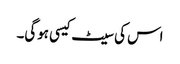
اس کی سیٹ کیسی ہوگی۔